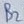
Text: B2